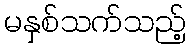
မနှစ်သက်သည့်